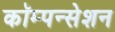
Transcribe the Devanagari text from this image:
कॉम्पन्सेशन